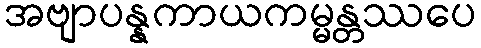
အဗျာပန္နကာယကမ္မန္တဿပေ